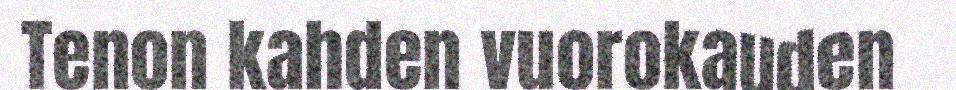
Tenon kahden vuorokauden